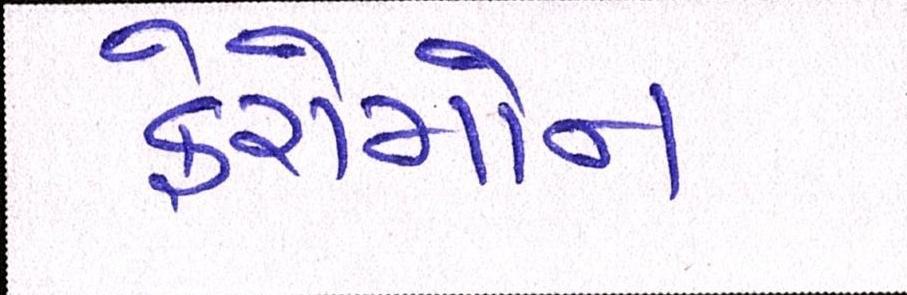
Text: ફેરોમોન